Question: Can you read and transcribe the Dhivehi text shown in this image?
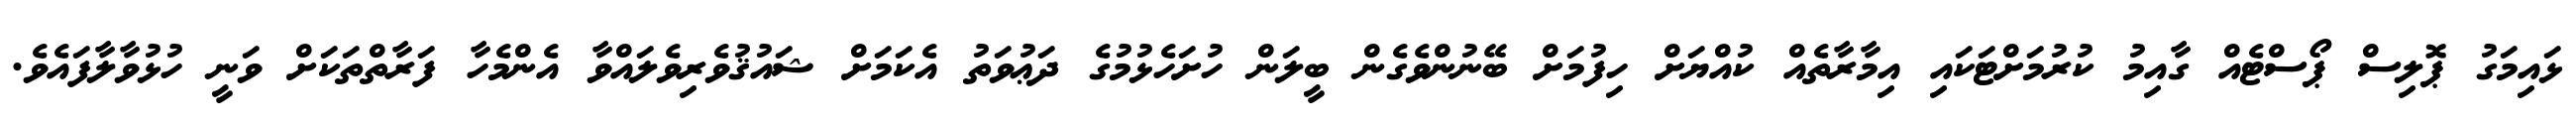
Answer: ޅައިމަގު ޕޮލިސް ޕޯސްޓެއް ގާއިމު ކުރުމަށްޓަކައި އިމާރާތެއް ކުއްޔަށް ހިފުމަށް ބޭނުންވެގެން ބީލަން ހުށަހެޅުމުގެ ދަޢުވަތު އެކަމަށް ޝައުޤުވެރިވެލައްވާ އެންމެހާ ފަރާތްތަކަށް ވަނީ ހުޅުވާލާފައެވެ.